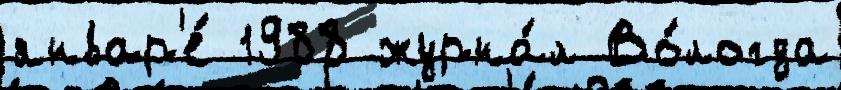
январ'е́ 1988 журна́л Во́логда